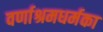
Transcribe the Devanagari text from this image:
वर्णाश्रमधर्मका